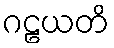
ဂဠယတိ